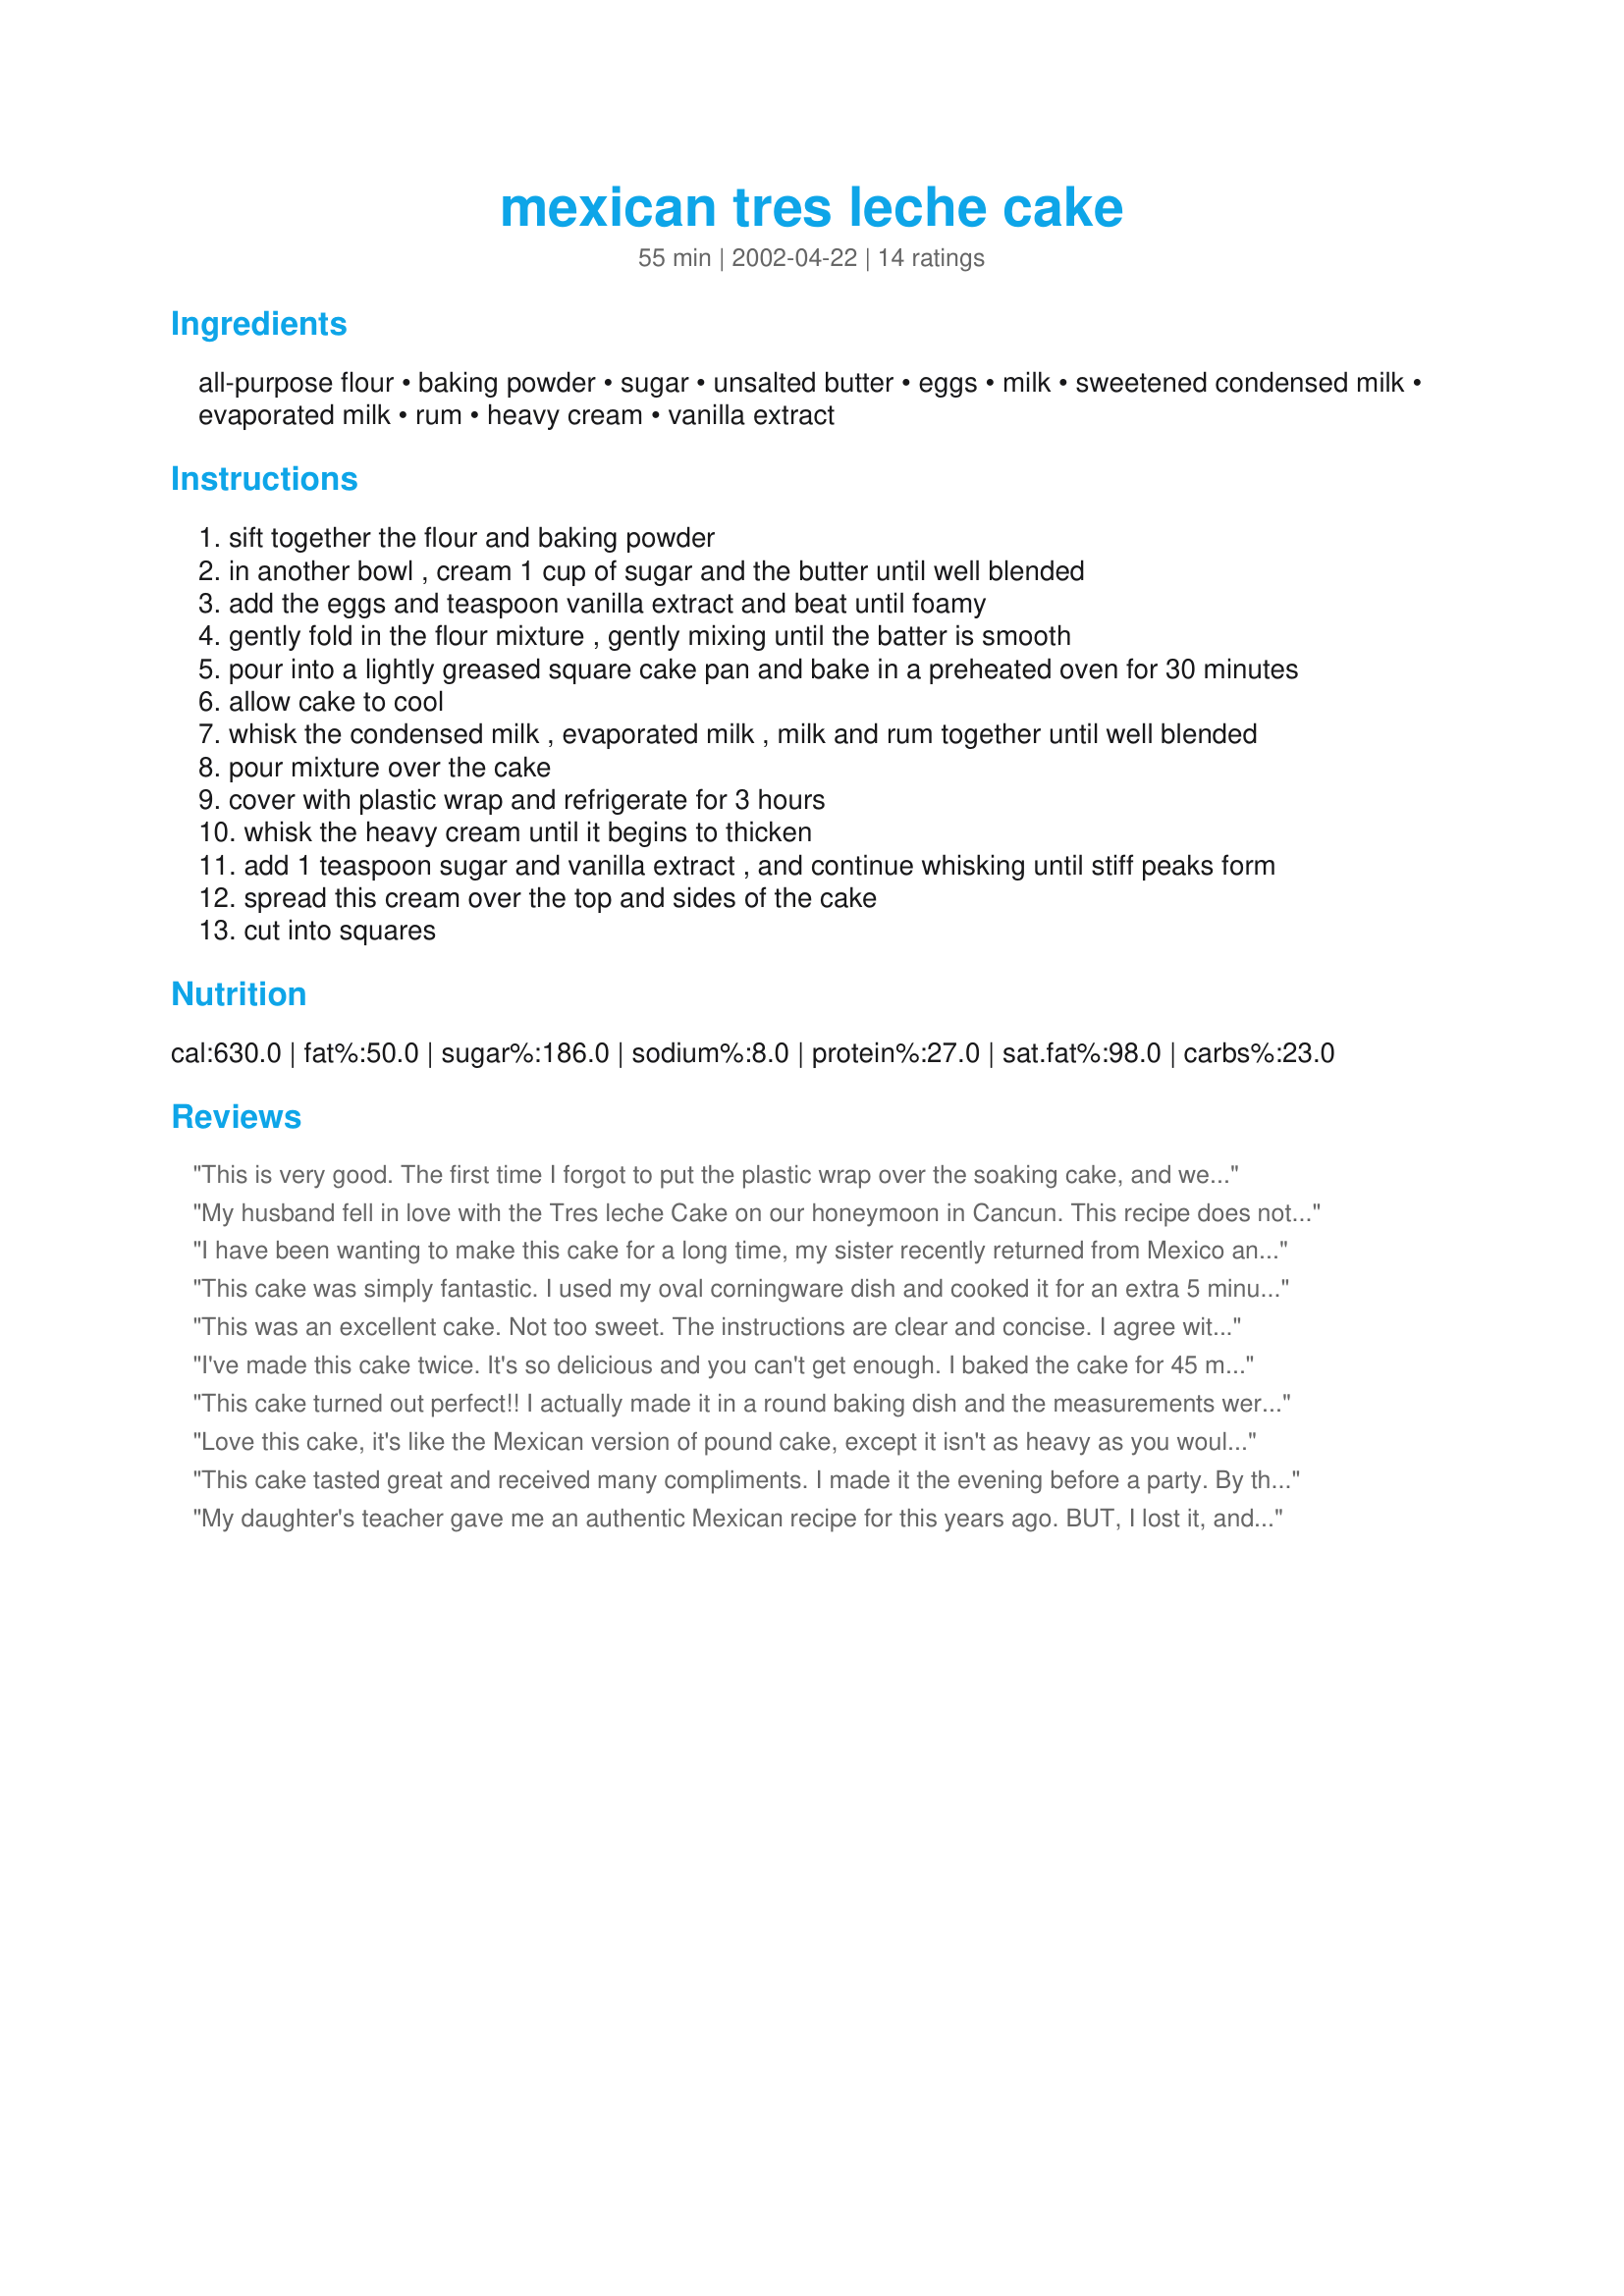
mexican tres leche cake
Preparation time: 55 minutes

Ingredients:
all-purpose flour, baking powder, sugar, unsalted butter, eggs, milk, sweetened condensed milk, evaporated milk, rum, heavy cream, vanilla extract

Steps:
sift together the flour and baking powder
in another bowl , cream 1 cup of sugar and the butter until well blended
add the eggs and teaspoon vanilla extract and beat until foamy
gently fold in the flour mixture , gently mixing until the batter is smooth
pour into a lightly greased square cake pan and bake in a preheated oven for 30 minutes
allow cake to cool
whisk the condensed milk , evaporated milk , milk and rum together until well blended
pour mixture over the cake
cover with plastic wrap and refrigerate for 3 hours
whisk the heavy cream until it begins to thicken
add 1 teaspoon sugar and vanilla extract , and continue whisking until stiff peaks form
spread this cream over the top and sides of the cake
cut into squares

Reviews:
This is very good. The first time I forgot to put the plastic wrap over the soaking cake, and we ended up with a cake float. The second time I followed the instructions explicitly and it turned out fine. Note to eaters: this is also very good without the frosting... try a little whipped cream and fresh berries on top... YUM. Thanks for posting Mille®™!
My husband fell in love with the Tres leche Cake on our honeymoon in Cancun. This recipe does not copy the cake, but it is pretty darn close to it. My husband LOVES this cake !!!!! And it is so simple and easy to make. Great recipe !!!!
I have been wanting to make this cake for a long time, my sister recently returned from Mexico and said you HAVE to try Tres Leche cake, tonight we had fajitas for dinner and I thought this is the ideal time to try it, and boy am I glad I did. I love the flavours that soak through the whole cake...very very yum. Thanks Miller :)
This cake was simply fantastic. I used my oval corningware dish and cooked it for an extra 5 minutes. I did use the whip cream frosting as it covered the small holes in my cake as I had used a fork to make a few holes so the liquid could be absorbed a little easier. The cake was made the night before and I poured th liquid in after it cooled down a bit. I frosted it just an hour before serving. THANKS for the great recipe.
This was an excellent cake. Not too sweet. The instructions are clear and concise. I agree with Titanium Chef in that the cake is also good w/o the frosting. If you do use the forsting, I recommend more sugar, it's a little bland with only a teaspoon. Overall, though, a fantastic cake!
I've made this cake twice. It's so delicious and you can't get enough. I baked the cake for 45 mins. at 325 degrees in a 7.5"x12" Pyrex pan and it was perfect. After baking, I poked holes all over the cake with a fork so the liquid would soak in. I substituted 1 TBSP vanilla for the rum.
This cake turned out perfect!! I actually made it in a round baking dish and the measurements were spot on! I love the hint of rum in the milk mix. Can't wait to make this again!
Love this cake, it's like the Mexican version of pound cake, except it isn't as heavy as you would think. The only thing I do differently, is after the cake part has baked, I take a skewer (the wooden type for kabobs), and I puncture holes all over the top of the cake, and then VERY slowly pour the milk mixture over it---that way the milk soaks in nicely, and you don't have to weigh it down while it's in the fridge. Because of this, the cake doesn't look too pretty, so I usually serve it with a nice fruit salad topping.
This cake tasted great and received many compliments. I made it the evening before a party. By the time I took it out of the pan, the next day it was quite soggy (more like flan than cake). It looked fine after I frosted it and garnished it. I think next time though I will use a little less milk and make it the day of my party.
My daughter's teacher gave me an authentic Mexican recipe for this years ago. BUT, I lost it, and decided to try yours. The cake was good. BUT, again, it was more like a floating island. I put a heavily weighted can on top of the plastic wrap, and solved the problem.Very moist and delicious. I did skip the whipped cream frosting, and served fresh raspberries on the side.

Had the same problem as in another review, my pan was too small. Also followed the advice of poking holes with a skewer to help the tres leche sink in, probably wouldn't have had to do this if I owned a bigger pan! This cake is SOOO yummy though and worth the effort!!!
My family thought this was pretty good. It is extremely moist, but almost a little bit too much for us. Glad I tried it, thanx for sharing.
I baked this cake in an 8 inch cake pan which I think was a mistake. It didn't leave enough room to pour in all of the "tres leche" mixture. So I drained it back off; transferred the baked cake to a larger 9 X 9 inch pan and then had room for all the milk mixture. Next time I will bake it in a 9 inch square pan. This cake is simple to make, moist, delicious and almost reminded me of a rum cake. It is surprisingly not overly sweet. I did not spread the whipped cream on the cake but we spooned some on top of our servings. I would, however recommend spreading the whipped cream to dress it up for special occasions.
I did as suggested and placed a plate on the plastic wrapped cake to keep it from floating. I served the cake at a Mexican church dinner with whipped topping on the side. It was not too sweet. Everyone enjoyed it.
